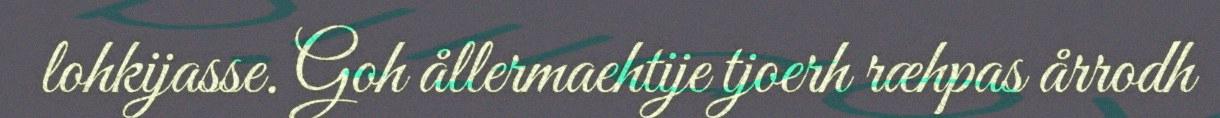
lohkijasse. Goh ållermaehtije tjoerh ræhpas årrodh